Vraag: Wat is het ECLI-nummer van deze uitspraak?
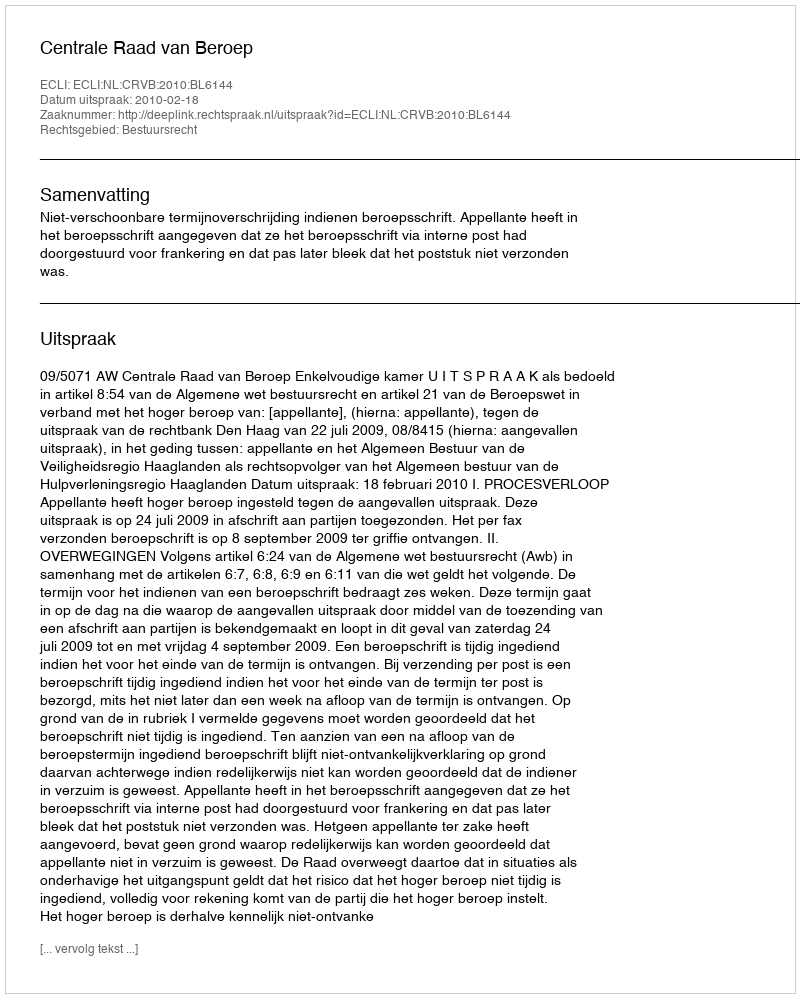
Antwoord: ECLI:NL:CRVB:2010:BL6144